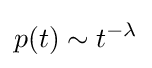
p(t)\sim t^{-\lambda }